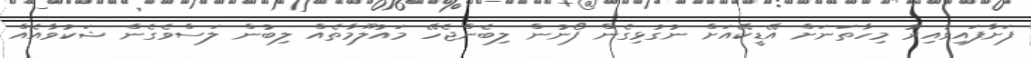
ފަށާފައިވާއިރު މިހާތަނަށް އޭޑީކޭއަށް ނުގުޅިގެން ފޯނުން ލިބެންޖެހޭ މައުލޫމާތެއް ލިބުން ލަސްވެގެން ޝަކުވާއެއް